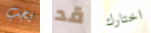
يجب قد اختارك